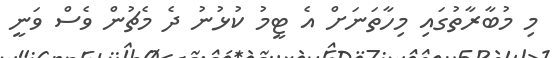
މި މުބާރާތުގައި މިހާތަނަށް އެ ޓީމު ކުޅުނު ދެ މެޗުން ވެސް ވަނީ